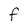
Character: F